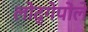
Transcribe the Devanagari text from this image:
लोद्गेपोले